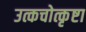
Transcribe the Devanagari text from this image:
उत्कचोत्कृष्टा